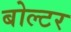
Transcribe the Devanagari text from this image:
बोल्टर